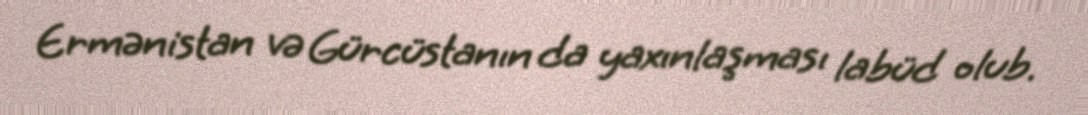
Ermənistan və Gürcüstanın da yaxınlaşması labüd olub.